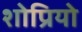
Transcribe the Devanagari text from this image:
शोप्रियो